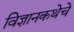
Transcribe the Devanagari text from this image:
विज्ञानकथेचे